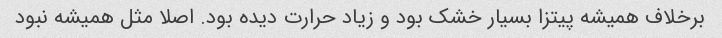
برخلاف همیشه پیتزا بسیار خشک بود و زیاد حرارت دیده بود. اصلا مثل همیشه نبود